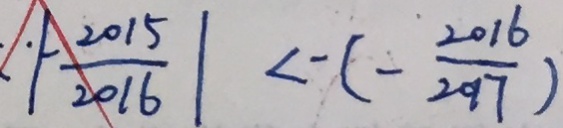
\vert - \frac { 2 0 1 5 } { 2 0 1 6 } \vert < - ( - \frac { 2 0 1 6 } { 2 0 1 7 } )